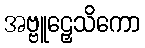
အဗ္ဗူဠှေသိကော